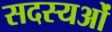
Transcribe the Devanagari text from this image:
सदस्यओं